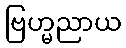
ဗြဟ္မညာယ